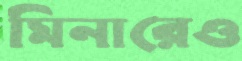
মিনারেও